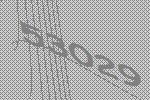
53029